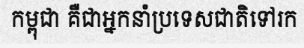
កម្ពុជា គឺជាអ្នកនាំប្រទេសជាតិទៅរក